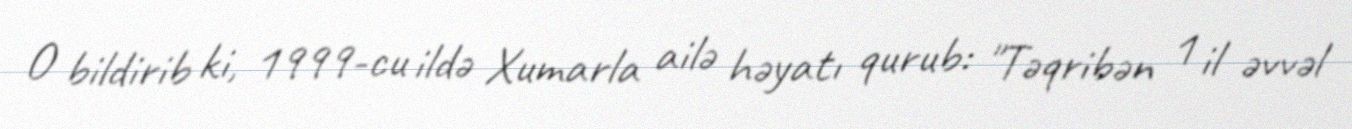
O bildirib ki, 1999-cu ildə Xumarla ailə həyatı qurub: "Təqribən 1 il əvvəl